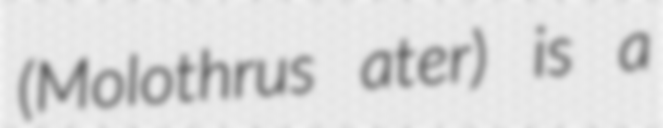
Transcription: (Molothrus ater) is a